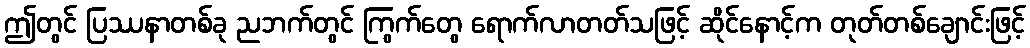
ဤတွင် ပြဿနာတစ်ခု ညဘက်တွင် ကြွက်တွေ ရောက်လာတတ်သဖြင့် ဆိုင်နောင့်က တုတ်တစ်ချောင်းဖြင့်